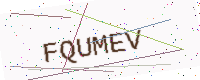
Text: FQUMEV